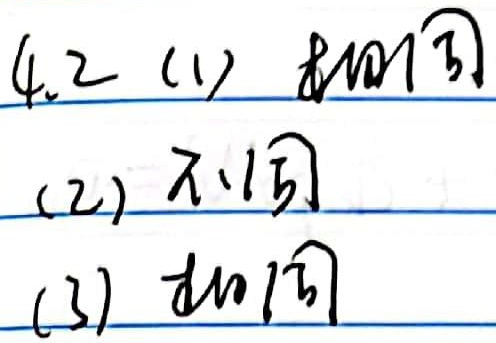
4.2
(1) $\tan\sqrt{3}$
(2) 不同
(3) $\tan\sqrt{3}$